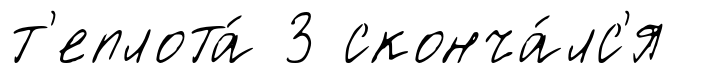
т'еплота́ 3 сконча́лс'я